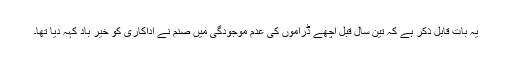
یہ بات قابل ذکر ہے کہ تین سال قبل اچھے ڈراموں کی عدم موجودگی میں صنم نے اداکاری کو خیر باد کہہ دیا تھا۔